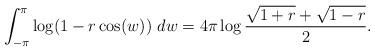
LaTeX: \begin{align*}\int_{-\pi}^{\pi} \log (1 - r\cos(w))~dw &= 4\pi \log \frac{\sqrt{1 + r} + \sqrt{1 - r}}{2}. \end{align*}